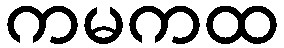
ကမကထ